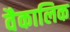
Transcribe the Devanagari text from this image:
वैकालिक